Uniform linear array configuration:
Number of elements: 48
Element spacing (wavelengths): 1
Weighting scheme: blackman
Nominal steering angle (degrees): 0
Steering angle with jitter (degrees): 0.804
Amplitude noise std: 0.05
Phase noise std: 0.05

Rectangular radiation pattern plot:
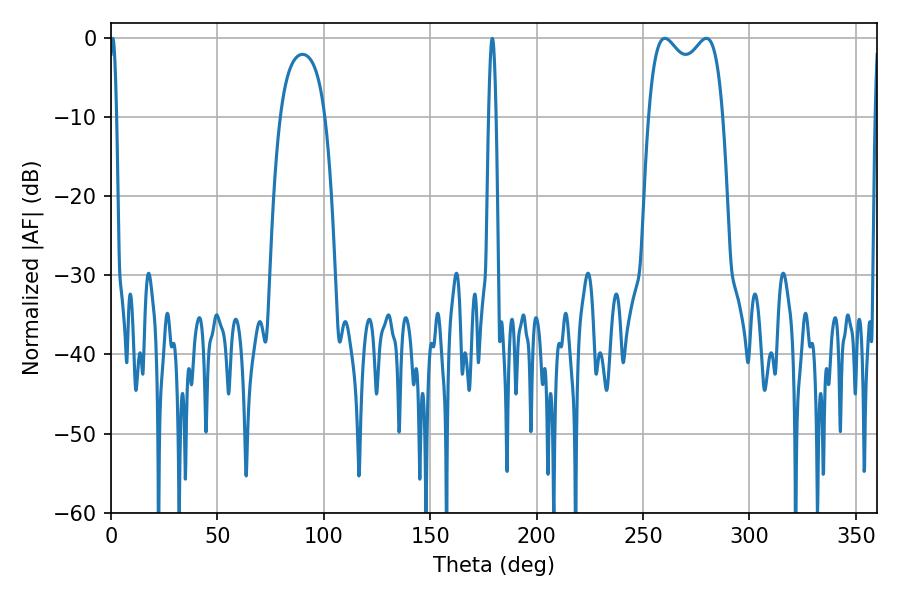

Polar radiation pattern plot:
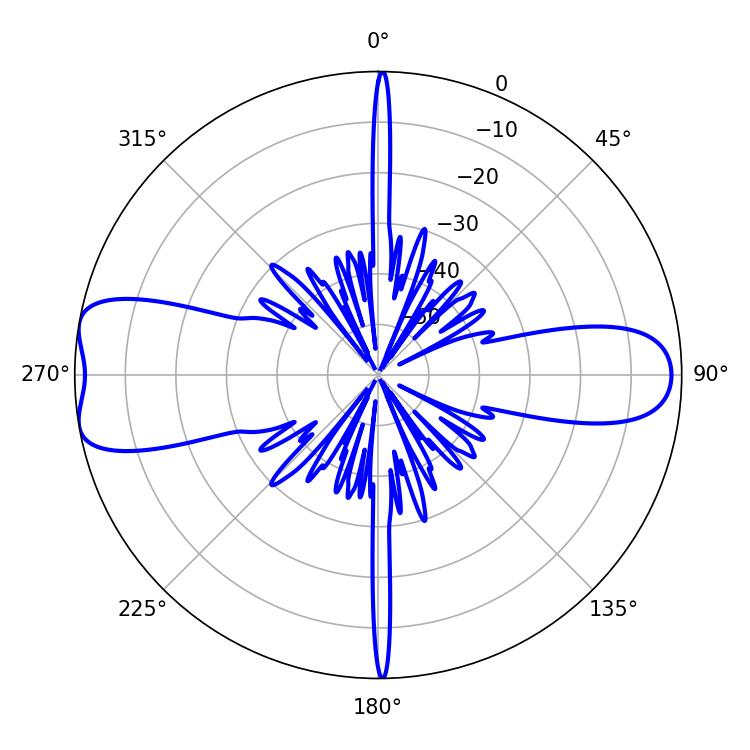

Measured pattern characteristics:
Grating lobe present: TRUE
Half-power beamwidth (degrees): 28.8
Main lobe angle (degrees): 260.28